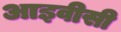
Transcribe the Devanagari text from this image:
आइवीसी